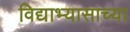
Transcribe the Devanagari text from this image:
विद्याभ्यासाच्या